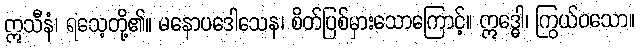
ဣသီနံ၊ ရသေ့တို့၏။ မနောပဒေါသေန၊ စိတ်ပြစ်မှားသောကြောင့်။ ဣဒ္ဓေါ၊ ကြွယ်ဝသော။